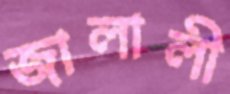
জালালী